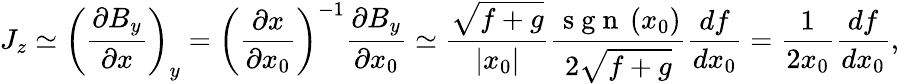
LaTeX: J_{z}\simeq\left(\frac{\partial B_{y}}{\partial x}\right)_{y}=\left(\frac{\partial x}{\partial x_{0}}\right)^{-1}\frac{\partial B_{y}}{\partial x_{0}}\simeq\frac{\sqrt{f+g}}{\left|x_{0}\right|}\frac{\mathrm{~s~g~n~}\left(x_{0}\right)}{2\sqrt{f+g}}\frac{df}{dx_{0}}=\frac{1}{2x_{0}}\frac{df}{dx_{0}},